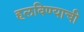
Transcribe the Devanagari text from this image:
हलविण्याची